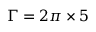
\Gamma = 2 \pi \times 5